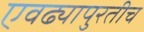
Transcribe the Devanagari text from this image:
एवढ्यापुरतीच